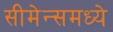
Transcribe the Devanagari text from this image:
सीमेन्समध्ये